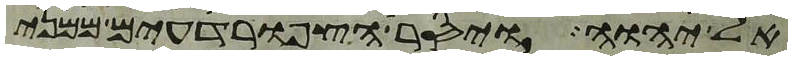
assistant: אל יהוה ויסר הצפרדעים ממני